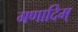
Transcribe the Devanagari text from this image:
गणादिम्